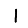
Digit: 1